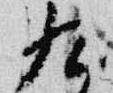
九